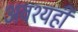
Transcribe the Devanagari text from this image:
अवश्यही